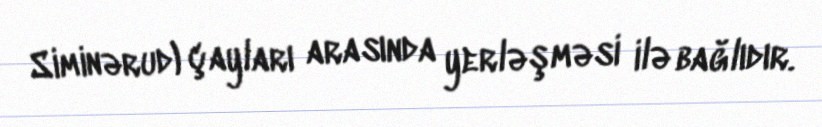
Siminərud) çayları arasında yerləşməsi ilə bağlıdır.